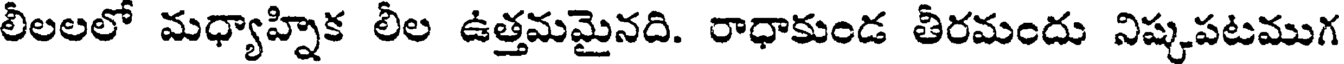
లీలలలో మధ్యాహ్నిక లీల ఉత్తమమైనది. రాధాకుండ తీరమందు నిష్కపటముగ